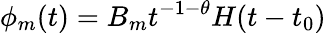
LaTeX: \phi_{m}(t)=B_{m}t^{-1-\theta}H(t-t_{0})